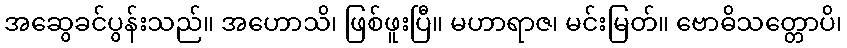
အဆွေခင်ပွန်းသည်။ အဟောသိ၊ ဖြစ်ဖူးပြီ။ မဟာရာဇ၊ မင်းမြတ်။ ဗောဓိသတ္တောပိ၊